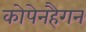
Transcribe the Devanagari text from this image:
कोपेनहैगन